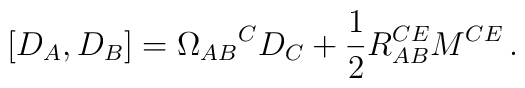
[D_A,D_B]=\Omega_{AB}{}^CD_C+\frac{1}{2}R_{AB}^{CE}M^{CE}\,.